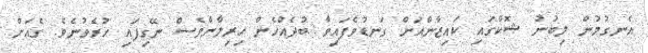
އެނގުމުން ލިބުނު ޝޮކްގައި ކައިޒާންއަށް ގަނޑުވެފައިވާ ބުދެއްހެން ހިރިލާންވެސް ނޭގިފައި ހުރެވުނެވެ. ގެއަށް